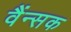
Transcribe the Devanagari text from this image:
वैंन्सक